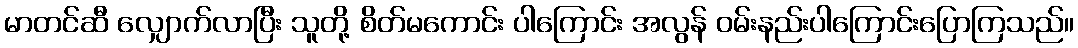
မာတင်ဆီ လျှောက်လာပြီး သူတို့ စိတ်မကောင်း ပါကြောင်း အလွန် ဝမ်းနည်းပါကြောင်းပြောကြသည်။